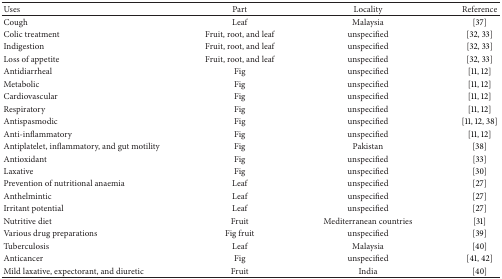
<table><thead><tr><td><b>Uses</b></td><td><b>Part</b></td><td><b>Locality</b></td><td><b>Reference</b></td></tr></thead><tbody><tr><td>Cough</td><td>Leaf</td><td>Malaysia</td><td>[37]</td></tr><tr><td>Colic treatment</td><td>Fruit, root, and leaf</td><td>unspecified</td><td>[32, 33]</td></tr><tr><td>Indigestion</td><td>Fruit, root, and leaf</td><td>unspecified</td><td>[32, 33]</td></tr><tr><td>Loss of appetite</td><td>Fruit, root, and leaf</td><td>unspecified</td><td>[32, 33]</td></tr><tr><td>Antidiarrheal</td><td>Fig</td><td>unspecified</td><td>[11, 12]</td></tr><tr><td>Metabolic</td><td>Fig</td><td>unspecified</td><td>[11, 12]</td></tr><tr><td>Cardiovascular</td><td>Fig</td><td>unspecified</td><td>[11, 12]</td></tr><tr><td>Respiratory</td><td>Fig</td><td>unspecified</td><td>[11, 12]</td></tr><tr><td>Antispasmodic</td><td>Fig</td><td>unspecified</td><td>[11, 12, 38]</td></tr><tr><td>Anti-inflammatory</td><td>Fig</td><td>unspecified</td><td>[11, 12]</td></tr><tr><td>Antiplatelet, inflammatory, and gut motility</td><td>Fig</td><td>Pakistan</td><td>[38]</td></tr><tr><td>Antioxidant</td><td>Fig</td><td>unspecified</td><td>[33]</td></tr><tr><td>Laxative</td><td>Fig</td><td>unspecified</td><td>[30]</td></tr><tr><td>Prevention of nutritional anaemia</td><td>Leaf</td><td>unspecified</td><td>[27]</td></tr><tr><td>Anthelmintic</td><td>Leaf</td><td>unspecified</td><td>[27]</td></tr><tr><td>Irritant potential</td><td>Leaf</td><td>unspecified</td><td>[27]</td></tr><tr><td>Nutritive diet</td><td>Fruit</td><td>Mediterranean countries</td><td>[31]</td></tr><tr><td> Various drug preparations</td><td>Fig fruit</td><td>unspecified</td><td>[39]</td></tr><tr><td>Tuberculosis</td><td>Leaf</td><td>Malaysia</td><td>[40]</td></tr><tr><td>Anticancer</td><td>Fig</td><td>unspecified</td><td>[41, 42]</td></tr><tr><td>Mild laxative, expectorant, and diuretic</td><td>Fruit </td><td>India</td><td>[40]</td></tr></tbody></table>